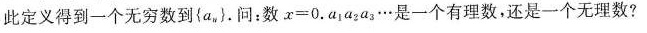
此定义得到一个无穷数到{a_{n}}。问：数$$x = 0 \cdot a _ { 1 } a _ { 2 } a _ { 3 } …$$是一个有理数，还是一个无理数?